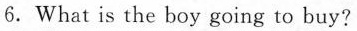
6.What is the boy going to buy?